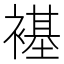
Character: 𫌊